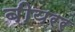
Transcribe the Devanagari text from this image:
बीयरर